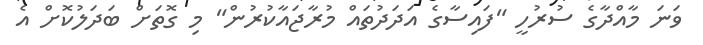
ވަނަ މާއްދާގެ ސުރުހީ "ފައިސާގެ އަދަދުތައް މުރާޖައާކުރުން" މި ގޮތަށް ބަދަލުކޮށް އެ